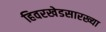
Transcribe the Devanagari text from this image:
हिवरखेडसारख्या